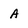
Character: A